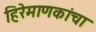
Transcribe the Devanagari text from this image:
हिरेमाणकांचा